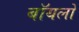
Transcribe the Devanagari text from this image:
बॉयलो